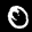
Label: 0